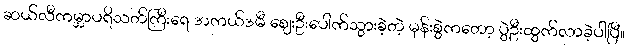
ဆယ်လီကမ္ဘာပရိသတ်ကြီးရေ အကယ်ဒမီ ဈေးဦးပေါက်သွားခဲ့တဲ့ မုန်းစွဲကတော့ ပွဲဦးထွက်လာခဲ့ပါပြီ။